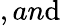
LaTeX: ,an\mathrm{d}